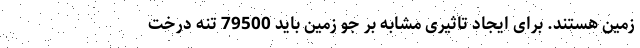
زمین هستند. برای ایجاد تاثیری مشابه بر جو زمین باید 79500 تنه درخت